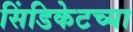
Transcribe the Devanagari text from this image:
सिंडिकेटच्या